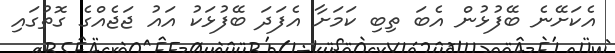
އެކަށޭނެ ބޭފުޅުން އެބަ ތިބި ކަމަށާ އެފަދަ ބޭފުޅަކު އައު ޖަޖެއްގެ ގޮތުގައި